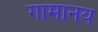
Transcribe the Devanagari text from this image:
गामानय